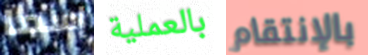
إسما بالعملية بالإنتقام